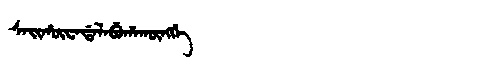
Manchu: ᠰᠠᡳᡥᡡᠸᠠᡩᠠᠯᠠᠪᡠᡥᠠᡴᡡᠩᡤᡝ
Romanization: SAIHŪWADALABUHAKŪNGGE